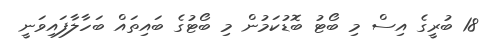
18 ބުރީގެ އިސް މި ބޯޓު ބޮޑުކަމުން މި ބޯޓުގެ ބައިތައް ބަހާލާފައިވަނީ